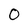
Character: 0